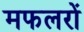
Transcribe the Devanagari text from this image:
मफलरों